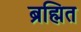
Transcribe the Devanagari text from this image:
ब्रह्मित